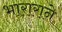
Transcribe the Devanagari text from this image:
भाराराने